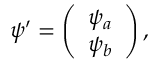
\psi ^ { \prime } = \left( \begin{array} { l } { { \psi _ { a } } } \\ { { \psi _ { b } } } \end{array} \right) ,